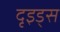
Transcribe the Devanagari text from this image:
दृइड्स